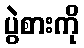
ပွဲစားကို